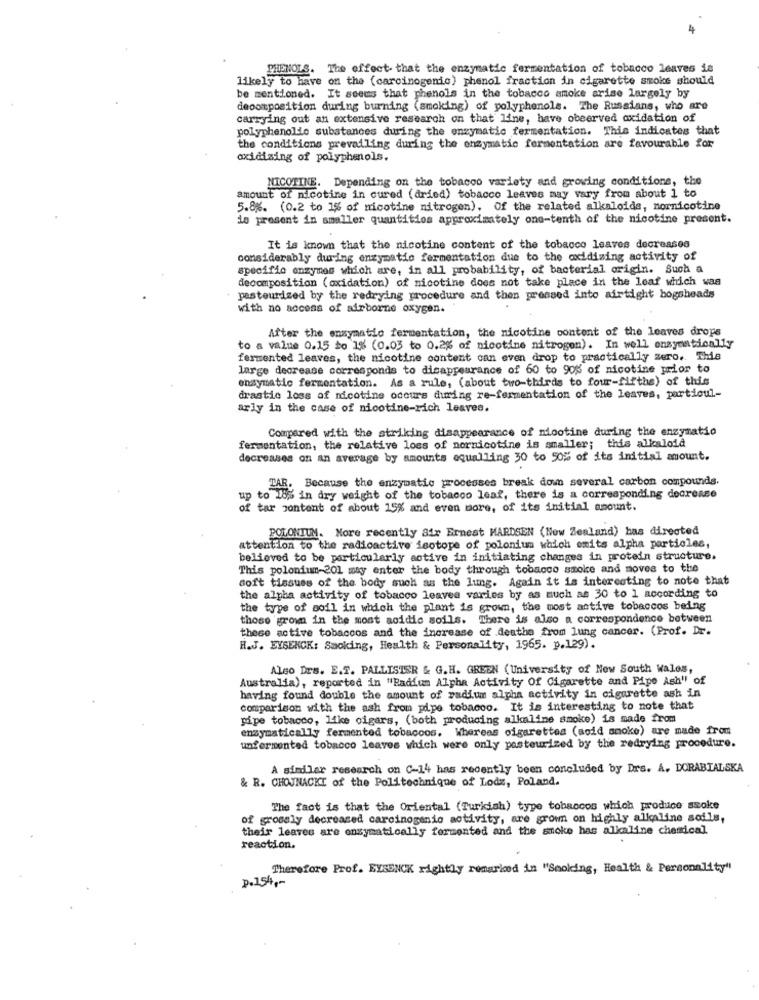
PHENOLS. The effect that the enzymatic fermentation of tobacco leaves ia
likely to have on the (carcinogenic) phenol fraction in cigarette smoke should
be mentioned. It seems that phenols in the tobacco smoke arise largely by
decomposition during burning (smoking) of polyphenols. The Russians, who are
carrying out an extensive research on that line, have observed oxidation of
polyphenolde substances during the enzymatic fermentation. This indicates that
the conditions prevailing during the enzymatic fermentation are favourable for
oxidizing of polyphenols.
NICOTINE. Depending on the tobacco variety and growing conditions, the
amount of nicotine in cured (dried) tobacco leaves may vary from about 1 to
5.8%. (0.2 to 1% of micotine nitrogen). Of the related alkaloida, nornicotine
de present in smaller quantities approximately one-tenth of the nicotine present.
It is known that the nicotine content of the tobacco leaves decreases
considerably during enzymatio fermentation due to the oxidizing activity of
specific enzymes which are, in all probability, of bacterial origin. Such a
decomposition (oxidation) of nicotine does not take place in the leaf which was
pasteurized by the redrying procedure and then pressed into airtight bogsheads
with no access of airborne oxygen.
After the enzymatic fermentation, the nicotine content of the leaves drops
to a value 0.15 to 1% (0.03 to 0.2% of nicotine nitrogen). In well enzymatically
fermented leaves, the nicotine content can even drop to practically zero. This
large decrease corresponds to disappearance of 60 to 90% of nicotine prior to
ensymatic fermentation. As a rule, (about two-thirds to four-fifths) of this
drastic loss of nicotine occurs during re-fermentation of the leaves, particul-
arly in the case of nicotine-rich leaves.
Compared with the striking disappearance of nicotine during the enzymatio
fermentation, the relative loss of nornicotine is smaller; this alkaloid
decreases on an average by amounts equalling 30 to 50% of its initial amount.
TAR. Because the enzymatic processes break down several carbon compounds.
up to 18% in dry weight of the tobacco leaf, there is a corresponding decrease
of tar content of about 15% and even more, of its initial amount.
POLONIUM. More recently Sir Ernest MARDSEN (New Zealand) has directed
attention to the radioactive isotope of polonium which omits alpha particles,
believed to be particularly active in initiating changes in protein structure.
This polonium-201 may enter the body through tobacco smoke and moves to the
soft tissues of the body such as the lung. Again it is interesting to note that
the alpha activity of tobacco leavea varies by as much as 30 to 1 according to
the type of soil in which the plant is grown, the most active tobaccos being
those grown in the most acidic soils. There is also a correspondence between
these active tobaccos and the increase of deathe from lung cancer. (Prof. Dr.
H.J. EYSENCK: Smoking, Health & Personality, 1965. p.129).
Also Drs. E.T. PALLISTER & G.H. GREEN (University of New South wales,
Australia), reported in "Radium Alpha Activity Of Cigarette and Pipe Ash" of
having found double the amount of radium alpha activity in cigarette ash in
comparison with the ash from pipe tobacco. It is interesting to note that
pipe tobacco, like cigars, (both producing alkaline smoke) is made from
enzymatically fermented tobaccos. Whereas cigarettes (acid smoke) are made from
unfermented tobacco leaves which were only pasteurized by the redrying procedure.
A similar research on C-14 has recently been concluded by Drs. A. DORABIALSKA
& R. CHOJNACKI of the Politechnique of Lodz, Poland.
The fact is that the Oriental (Turkish) type tobaccos which produce ssoke
of grossly decreased carcinogenio activity, are grown on highly alkaline soils,
their leaves are enzymatically fermented and the smoke has alkaline chemical.
reaction.
Therefore Prof. EYSENCK rightly remarked in "Smoking, Health & Personality"
p.154 ,-